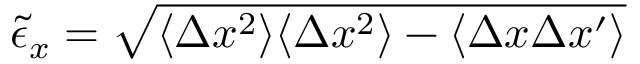
\tilde { \epsilon } _ { x } = \sqrt { \langle \Delta x ^ { 2 } \rangle \langle \Delta x ^ { 2 } \rangle - \langle \Delta x \Delta x ^ { \prime } \rangle }